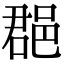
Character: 𨛦